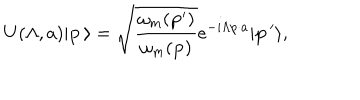
U ( \Lambda , a ) \vert { \bf p } \, \rangle = \sqrt { { \frac { \omega _ { m } ( { \bf p } ^ { \prime } ) } { \omega _ { m } ( { \bf p } ) } } } e ^ { - i \Lambda p \cdot a } \vert { \bf p } \, ^ { \prime } \rangle ,